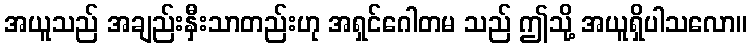
အယူသည် အချည်းနှီးသာတည်းဟု အရှင်ဂေါတမ သည် ဤသို့ အယူရှိပါသလော။